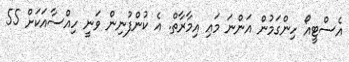
އެސްޓީއޯ ހިންގަމުން އަންނަ މައި އިމާރާތް. އެ ކުންފުނިން ވަނީ ހިއްސާއަކަށް 55